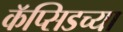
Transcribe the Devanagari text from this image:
कॅप्सिडच्या